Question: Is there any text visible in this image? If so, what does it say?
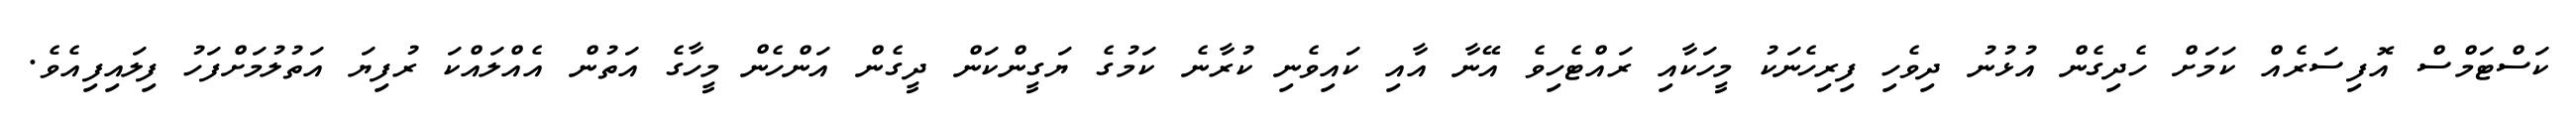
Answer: ކަސްޓަމްސް އޮފިސަރެއް ކަމަށް ހެދިގެން އުޅުނު ދިވެހި ފިރިހެނަކު މީހަކާއި ރައްޓެހިވެ އޭނާ އާއި ކައިވެނި ކުރާނެ ކަމުގެ ޔަގީންކަން ދީގެން އަންހެން މީހާގެ އަތުން އެއްލައްކަ ރުފިޔަ އަތުލުމަށްފަހު ފިލައިފިއެވެ.